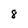
Character: 8